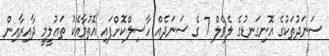
ސަނަދުތަކުގެ އޮނިގަނޑުގެ ލެވެލް 7 ގެ ސަނަދެއް ހާސިލްކޮށްފައި އޮތުމާއެކު ތަޢުލީމީ ދާއިރާއިން